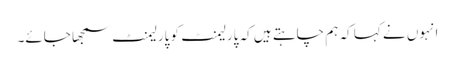
انہوں نے کہا کہ ہم چاہتے ہیں کہ پارلیمنٹ کو پارلیمنٹ سمجھا جائے۔